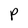
Character: P